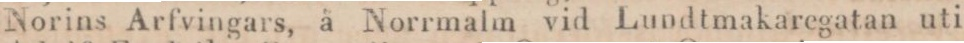
Norins Arfvingars, å Norrmalm vid Lundtmakaregatan uti